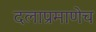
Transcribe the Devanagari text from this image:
दलाप्रमाणेच